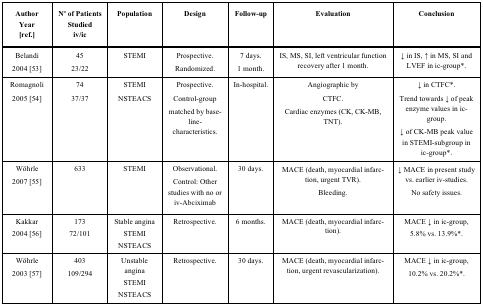
<table><thead><tr><td><b>Author Year [ref.]</b></td><td><b>N<sup>°</sup> of Patients Studied iv/ic</b></td><td><b>Population</b></td><td><b>Design</b></td><td><b>Follow-up</b></td><td><b>Evaluation</b></td><td><b>Conclusion</b></td></tr></thead><tbody><tr><td>Belandi 2004 [53]</td><td>4523/22</td><td>STEMI</td><td>Prospective. Randomized.</td><td>7 days.1 month.</td><td>IS, MS, SI, left ventricular function recovery after 1 month.</td><td>↓ in IS, ↑ in MS, SI and LVEF in ic-group*.</td></tr><tr><td>Romagnoli 2005 [54]</td><td>7437/37</td><td>STEMINSTEACS</td><td>Prospective.Control-group matched by baseline-characteristics.</td><td>In-hospital.</td><td>Angiographic by CTFC.Cardiac enzymes (CK, CK-MB, TNT).</td><td>↓ in CTFC*.Trend towards ↓ of peak enzyme values in ic-group.↓ of CK-MB peak value in STEMI-subgroup in ic-group*.</td></tr><tr><td>Wöhrle 2007 [55]</td><td>633</td><td>STEMI</td><td>Observational. Control: Other studies with no or iv-Abciximab</td><td>30 days.</td><td>MACE (death, myocardial infarction, urgent TVR). Bleeding.</td><td>↓ MACE in present study vs. earlier iv-studies. No safety issues.</td></tr><tr><td>Kakkar2004 [56]</td><td>17372/101</td><td>Stable anginaSTEMI NSTEACS</td><td>Retrospective.</td><td>6 months.</td><td>MACE (death, myocardial infarction).</td><td>MACE ↓ in ic-group, 5.8% vs. 13.9%*.</td></tr><tr><td>Wöhrle 2003 [57]</td><td>403109/294</td><td>Unstable anginaSTEMI NSTEACS</td><td>Retrospective.</td><td>30 days.</td><td>MACE (death, myocardial infarction, urgent revascularization).</td><td>MACE ↓ in ic-group, 10.2% vs. 20.2%*.</td></tr></tbody></table>